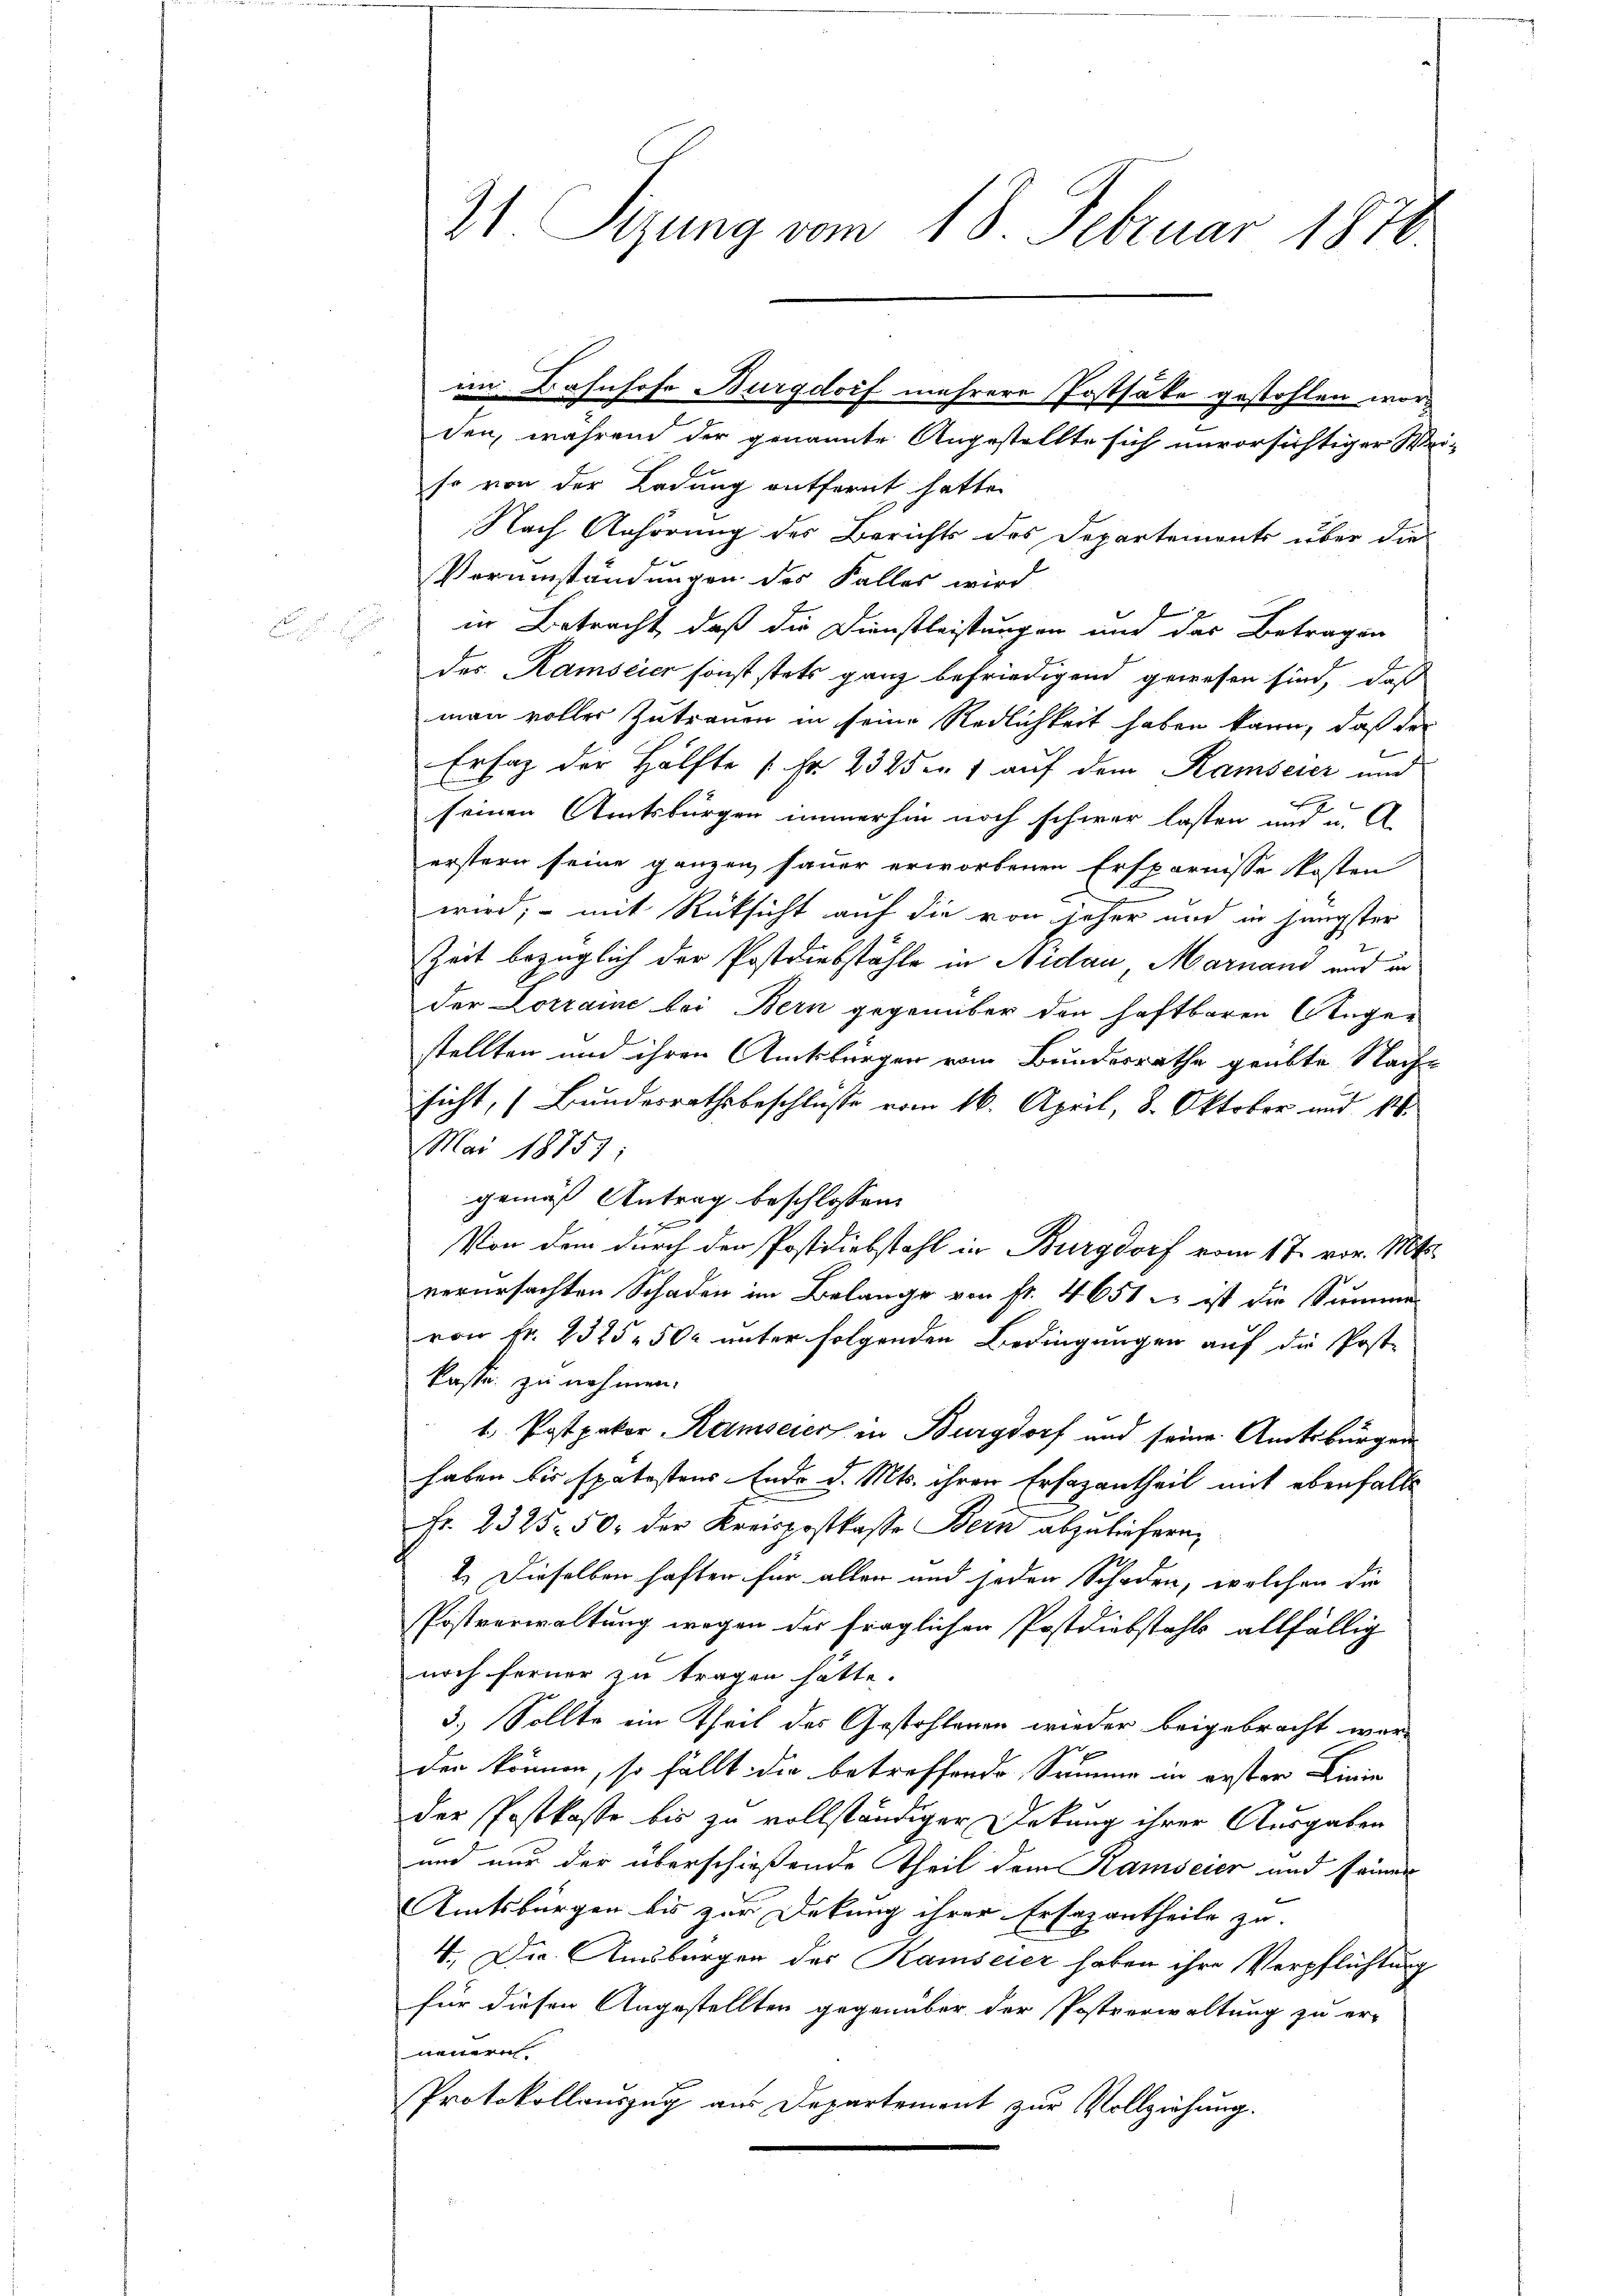
21 Sizung vom 18. Februar 1878

den, während der genannte Angestellte sich unvorsichtiger Weiso von der Ladung entfernt hatte.
Nach Anhörung des Berichts des Departements über die
Verumständungen des Falles wird.
in Betracht, daß die Dienstleistungen und des Betragen
.
des Ramscier sonst stets ganz befriedigend gewesen sind, daß
man voller Zutrauen in seine Redlichkeit haben kann, daß des
Erlag der Hälfte [Fr. 2325en 7 auf dem Ramserer und
l
seinen Amtsbürgen immerhin noch schwer lasten und u. A.
erstern seine ganzen sauer erworbenen Ersparnisse kosten
wird, – mit Rücksicht auf die von jeher und in jüngster
Zeit bezüglich der Postdiebstähle in Nidau Marnand und in
der Lorraine bei Bern gegenüber den haftbaren Angestellten und ihren Amtsbürgen vom Bundesrathe geübte Nach-
sicht, (Bundesrathsbeschlusse vom 16. April, 8. Oktober und 16.
Mai 18757
gemäß Antrag beschlossen:
J
Von dem durch den Postdiebstahl in Burgdorf vom 17. vor. Mts.
verursachten Schaden im Belange von Fr. 4651 e ist die Summe
von Fr. 2325 502 unter folgenden Bedingungen auf die Poste
kaste zu nehmen.
1. Postpakor Ramseier in Burgdorf und seine Amtsbürger
haben bis spätestens Ende d. Mts. ihren Erfazantheil mit ebenfalls
Fr. 2325. 50. der Kreispostkasse Bern abzuliefern,
2.) Dieselben haften für aller und jeden Schaden, welchen die
Postverwaltung wegen der fraglicher Postdiebstahls allfällig
noch ferner zu tragen hätte.
3.) Sollte ein Theil des Gestohlenen wieder beigebracht wor-
x
den können, so fällt die betreffende Summe in erster Linie
der Postkaste bis zu vollständiger Deckung ihrer Ausgaben
und nur der überschießende Theil dem Ramscier und seiner
Amtsbürgen bis zur Dekung ihrer Ersazantheile zu.
4. Die Amsburgen des Ramseier haben ihre Verpflichtung
für diesen Angestellten gegenüber der Postverwaltung zu er-
neuern
Protokollauszug aus Departement zur Vollziehung.

im Bahnhofe Burgdorf mehrere Postsäte gestohlen wor¬